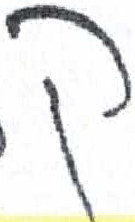
אות: ץ